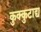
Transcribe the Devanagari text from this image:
कुक्कुटाद्य